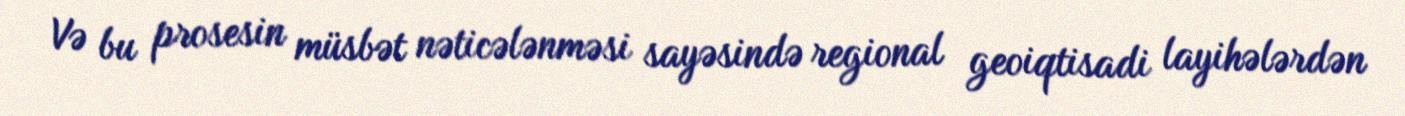
Və bu prosesin müsbət nəticələnməsi sayəsində regional geoiqtisadi layihələrdən